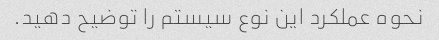
نحوه عملکرد این نوع سیستم را توضیح دهید.